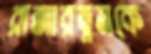
রাজারত্নমকে